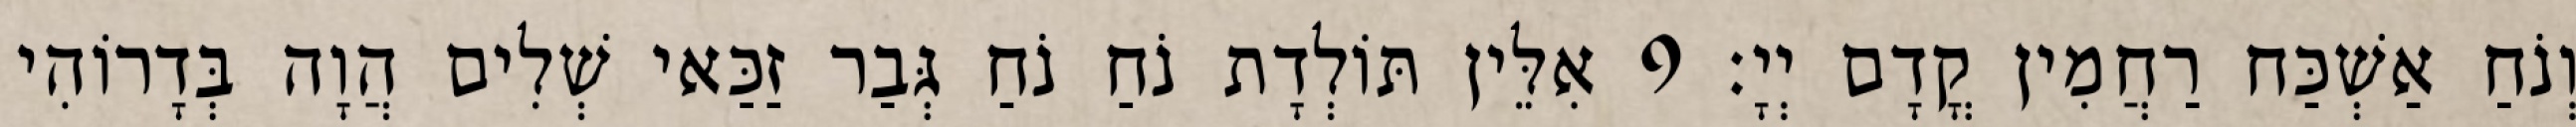
וְנֹחַ אַשְׁכַּח רַחֲמִין קֳדָם יְיָ׃ 9 אִלֵּין תּוֹלְדָת נֹחַ נֹחַ גְּבַר זַכַּאי שְׁלִים הֲוָה בְּדָרוֹהִי